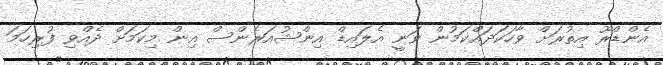
އެންޑްރޫ އިތުރަށް ވާހަކަދައްކަމުން ވަނީ އެލައިޑް އިންޝުއަރެންސް އިން މިކަމަށް ދެއްވި ފުރިހަމަ